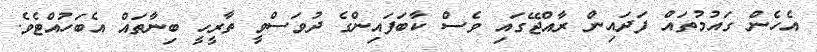
އެހެން ގައުމުތައް ފަދައިން ރާއްޖޭގައި ވެސް ކާބަފައިންގެ ދުވަސްވީ ތާރީހީ ބިނާތައް އެބަހުއްޓެވެ.